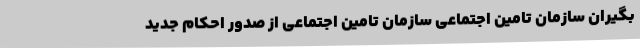
بگیران سازمان تامین اجتماعی سازمان تامین اجتماعی از صدور احکام جدید